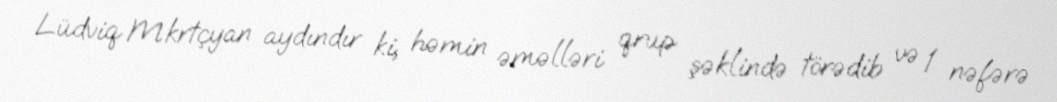
Lüdviq Mkrtçyan aydındır ki, həmin əməlləri qrup şəklində törədib və 1 nəfərə